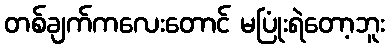
တစ်ချက်ကလေးတောင် မပြုံးရဲတော့ဘူး